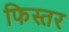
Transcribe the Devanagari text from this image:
फिस्तर